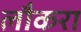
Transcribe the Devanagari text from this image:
लौकरा